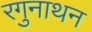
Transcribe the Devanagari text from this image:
रगुनाथन